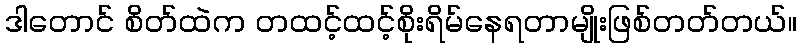
ဒါတောင် စိတ်ထဲက တထင့်ထင့်စိုးရိမ်နေရတာမျိုးဖြစ်တတ်တယ်။